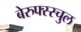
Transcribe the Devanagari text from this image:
बेरुफ्स्स्चुल